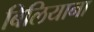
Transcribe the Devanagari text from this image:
बिलियाना